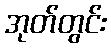
အုတ်တွင်း